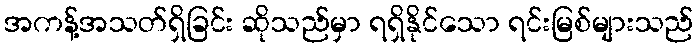
အကန့်အသတ်ရှိခြင်း ဆိုသည်မှာ ရရှိနိုင်သော ရင်းမြစ်များသည်